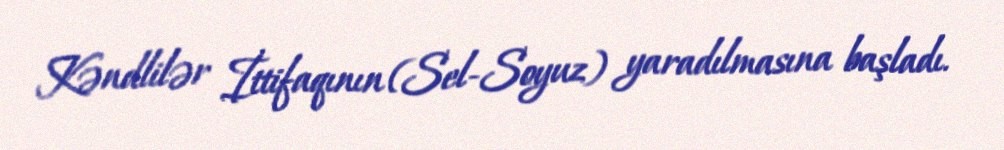
Kəndlilər İttifaqının (Sel-Soyuz) yaradılmasına başladı.